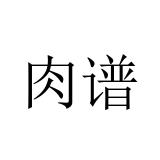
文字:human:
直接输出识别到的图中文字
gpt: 肉谱